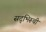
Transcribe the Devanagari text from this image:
सद्‌भिरूची